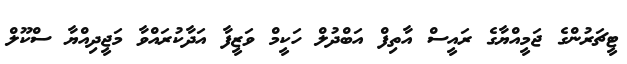
ޓީޗަރުންގެ ޖަމީއްޔާގެ ރައީސް އާތިފް އަބްދުލް ހަކީމް ވަޒީފާ އަދާކުރައްވާ މަޖީދިއްޔާ ސްކޫލް